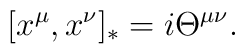
\lbrack x^{\mu },x^{\nu }]_{*}=i\Theta ^{\mu \nu }.